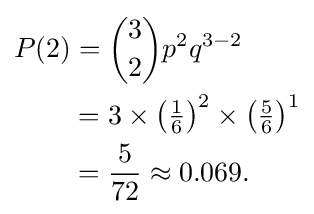
{\begin{aligned}P(2)&={3 \choose 2}p^{2}q^{3-2}\\&=3\times \left({\tfrac {1}{6}}\right)^{2}\times \left({\tfrac {5}{6}}\right)^{1}\\&={\dfrac {5}{72}}\approx 0.069.\end{aligned}}